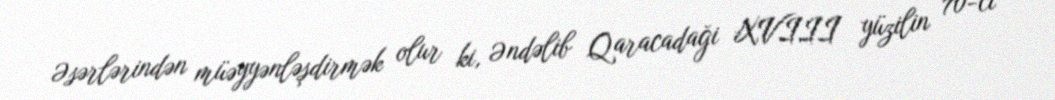
Əsərlərindən müəyyənləşdirmək olur ki, Əndəlib Qaracadaği XVIII yüzilin 70-ci